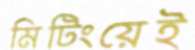
মিটিংয়েই